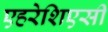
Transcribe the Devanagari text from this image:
एहरेशिएसी